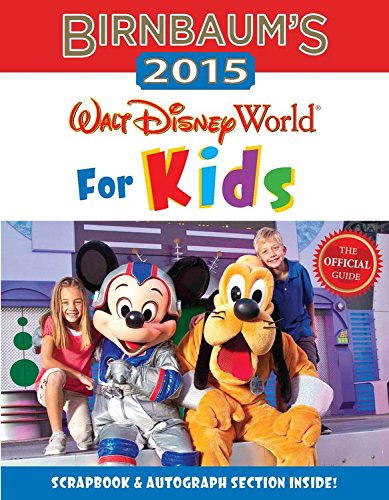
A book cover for Birnbaum's 2015 Walt Disney World For Kids: The Official Guide (Birnbaum Guides); Birnbaum Guides; Travel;